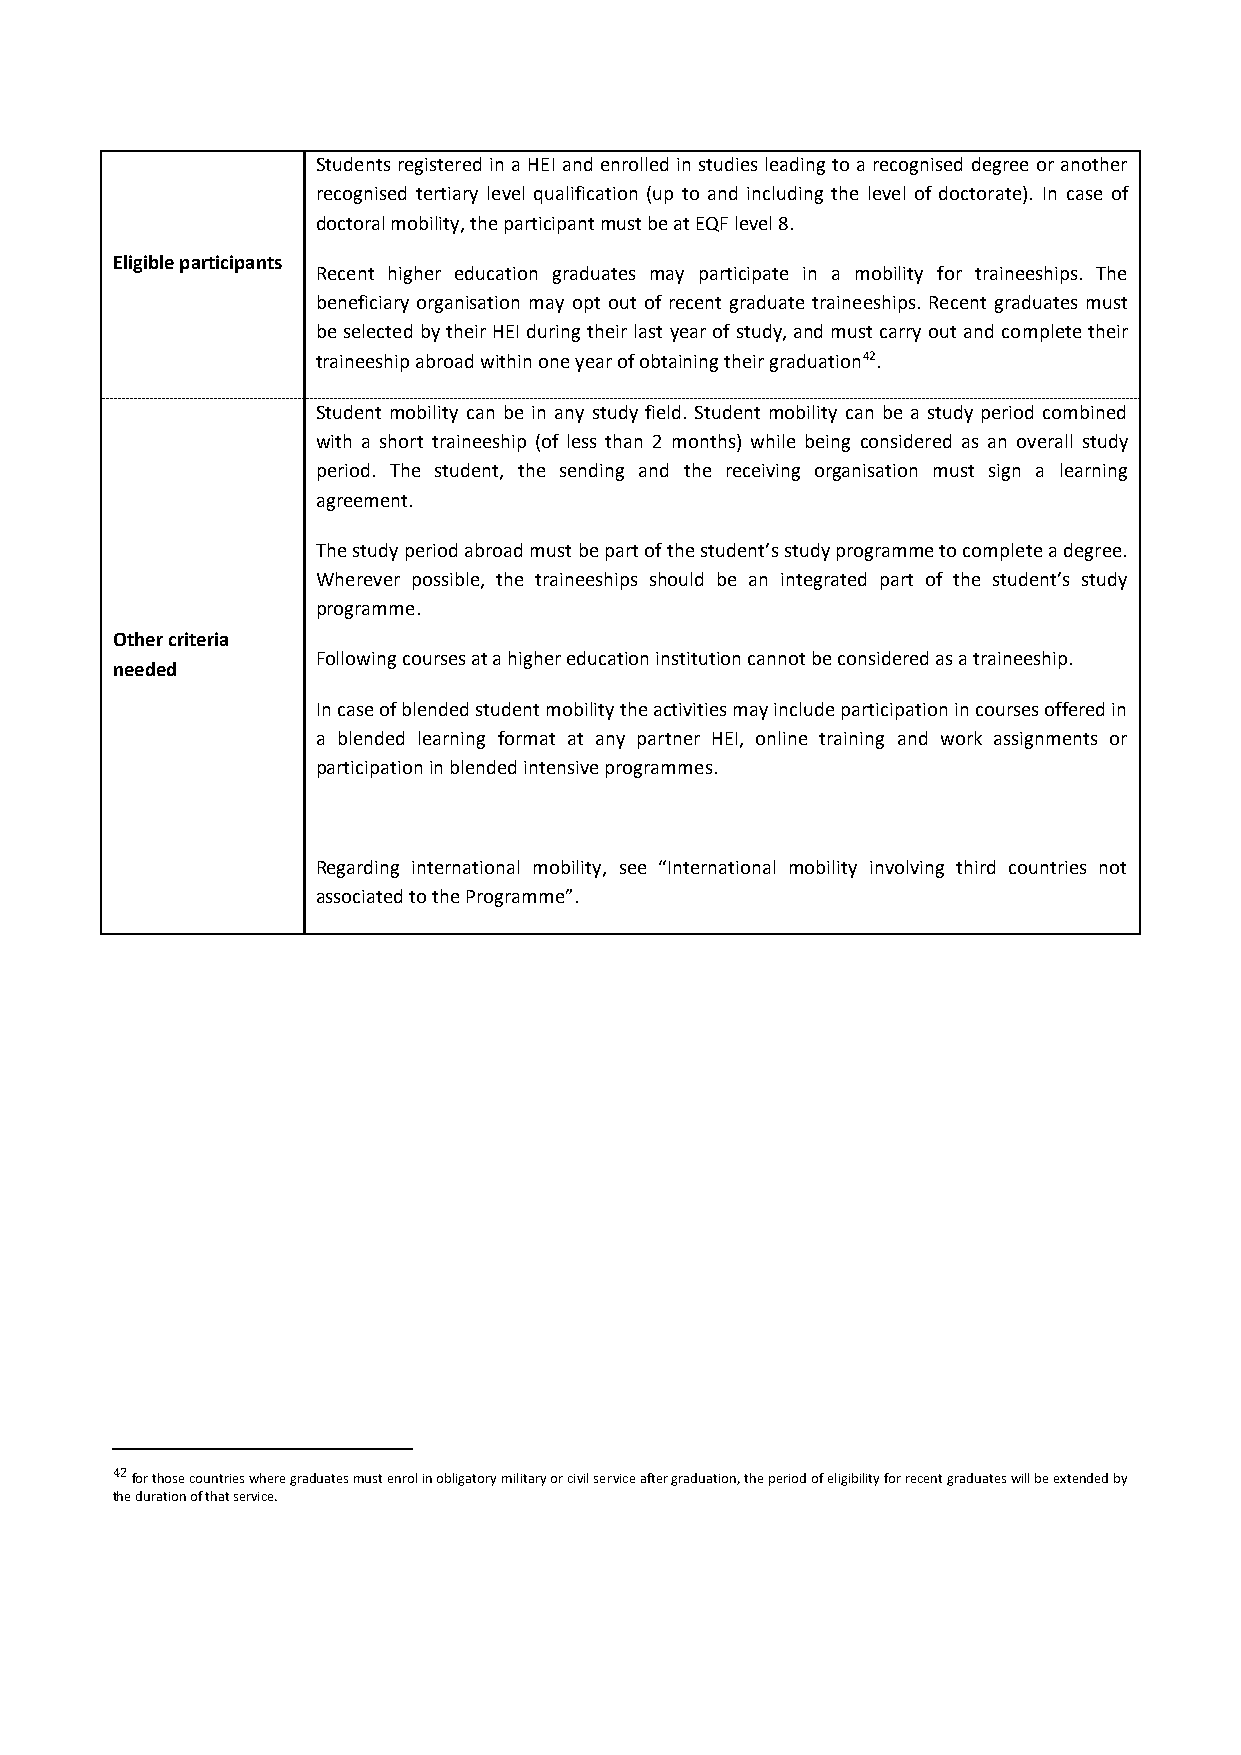
Students registered in a HEI and enrolled in studies leading to a recognised degree or another
 recognised tertiary level qualification (up to and including the level of doctorate). In case of
 doctoral mobility, the participant must be at EQF level 8.
 Eligible participants
 Recent higher education graduates may participate in a mobility for traineeships. The
 beneficiary organisation may opt out of recent graduate traineeships. Recent graduates must
 be selected by their HEI during their last year of study, and must carry out and complete their
 traineeship abroad within one year of obtaining their graduation42.
 Student mobility can be in any study field. Student mobility can be a study period combined
 with a short traineeship (of less than 2 months) while being considered as an overall study
 period. The student, the sending and the receiving organisation must sign a learning
 agreement.
 The study period abroad must be part of the student’s study programme to complete a degree.
 Wherever possible, the traineeships should be an integrated part of the student’s study
 programme.
 Other criteria
 Following courses at a higher education institution cannot be considered as a traineeship.
 needed
 In case of blended student mobility the activities may include participation in courses offered in
 a blended learning format at any partner HEI, online training and work assignments or
 participation in blended intensive programmes.
 Regarding international mobility, see “International mobility involving third countries not
 associated to the Programme”.
 42 for those countries where graduates must enrol in obligatory military or civil service after graduation, the period of eligibility for recent graduates will be extended by
 the duration of that service.